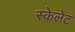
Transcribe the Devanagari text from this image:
स्केलेट